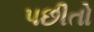
પછીતો